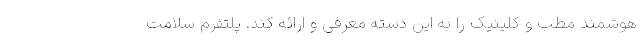
هوشمند مطب و کلینیک را به این دسته معرفی و ارائه کند. پلتفرم سلامت